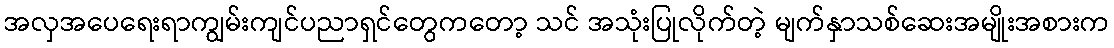
အလှအပေရေးရာကျွမ်းကျင်ပညာရှင်တွေကတော့ သင် အသုံးပြုလိုက်တဲ့ မျက်နှာသစ်ဆေးအမျိုးအစားက